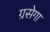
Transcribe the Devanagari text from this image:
ग्रसेगा